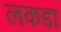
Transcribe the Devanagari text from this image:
लकडा